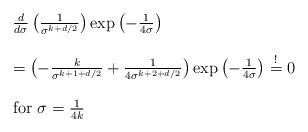
LaTeX: \begin{align*}\begin{array}{ll}\frac{d}{d\sigma}\left( \frac{1}{\sigma^{k+d/2}}\right) \exp\left( -\frac{1}{4\sigma}\right)\\\\=\left(-\frac{k}{\sigma^{k+1+d/2}}+\frac{1}{4\sigma^{k+2+d/2}} \right) \exp\left( -\frac{1}{4\sigma}\right)\stackrel{!}{=}0\\\\\mbox{for}~\sigma=\frac{1}{4k}\end{array}\end{align*}